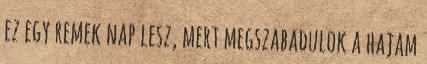
ez egy remek nap lesz, mert megszabadulok a hajam